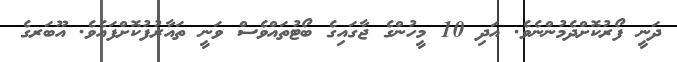
ދަނީ ފޯރުކޮށްދެމުންނެވެ. އަދި 10 މީހުންގެ ޖާގައިގެ ބޯޓުތައްވެސް ވަނީ ތައާރުފުކޮށްފައެވެ. އޫބަރގެ